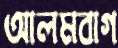
আলমবাগ